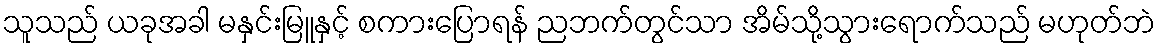
သူသည် ယခုအခါ မနှင်းမြူနှင့် စကားပြောရန် ညဘက်တွင်သာ အိမ်သို့သွားရောက်သည် မဟုတ်ဘဲ